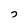
Character: 7